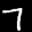
Label: 7